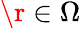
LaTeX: \r\in\Omega